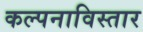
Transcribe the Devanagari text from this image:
कल्पनाविस्तार